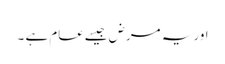
اور یہ مرض جیسےعام ہے ۔